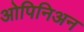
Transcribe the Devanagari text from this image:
ओपिनिअन